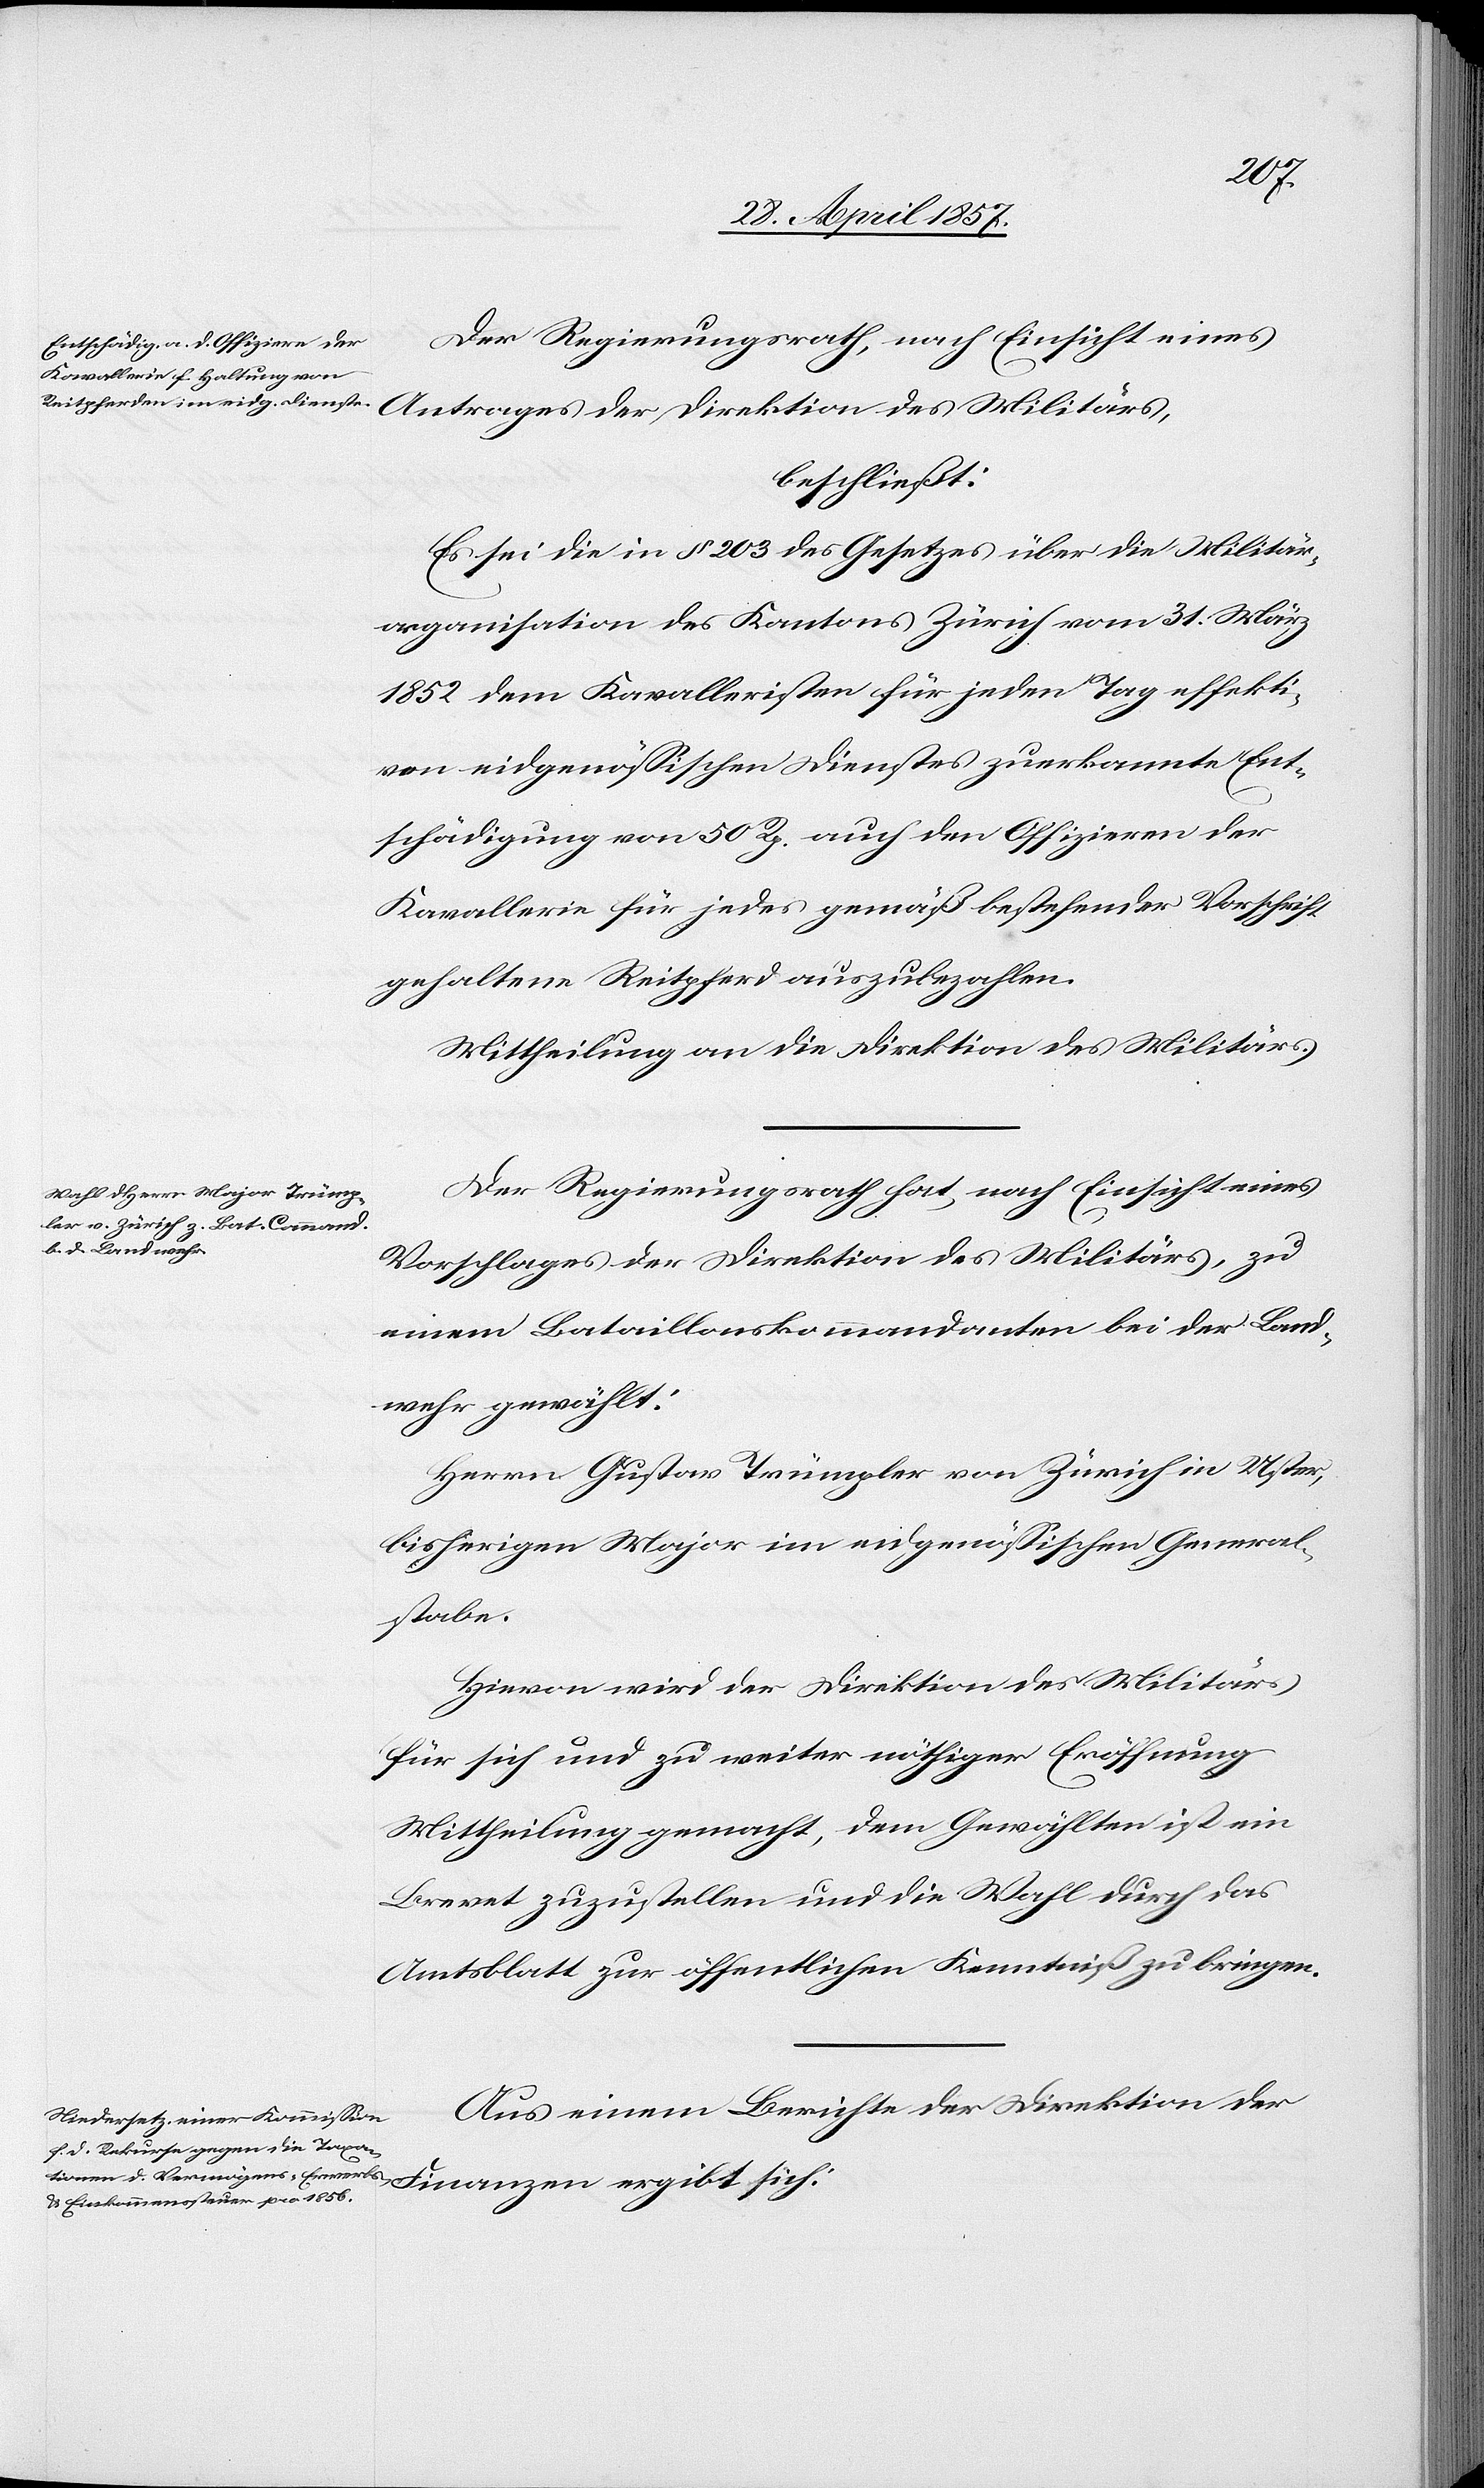
Der Regierungsrath, nach Einsicht eines
beschließt:
Es sei die in § 203 des Gesetzes über die Militär¬
organisation des Kantons Zürich vom 31 März
1852 dem Kavalleristen für jeden Tag effekti¬
ven eidgenössischen Dienstes zuerkannte Ent¬
schädigung von 50 Rp. auch den Offizieren der
Kavallerie für jedes gemäß bestehender Vorschrift
gehaltene Reitpferd auszubezahlen.
Mittheilung an die Direktion des Militärs.
Der Regierungsrath hat, nach Einsicht eines
ergibt sich:
Vorschlages der Direktion des Militärs, zu
einem Bataillonskommandanten bei der Land¬
wehr gewählt:
Herrn Gustav Trümpler von Zürich in Uster,
bisherigen Major im eidgenößischen General¬
stabe.
Hievon wird der Direktion des Militärs
für sich und zu weiter nöthiger Eröffnung
Mittheilung gemacht, dem Gewählten ist ein
Brevet zuzustellen und die Wahl durch das
Amtsblatt zur öffentlichen Kenntniß zu bringen.
Aus einem Berichte der Direktion der